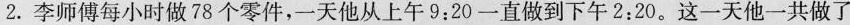
2.李师傅每小时做78个零件，-天他从上午9:20一直做到下午2:20。这一天他一共做了